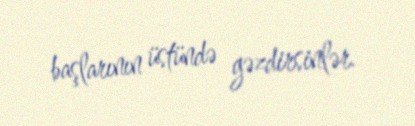
başlarının üstündə gəzdirsinlər.